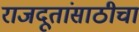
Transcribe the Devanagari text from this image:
राजदूतांसाठीचा